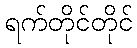
ရက်တိုင်တိုင်